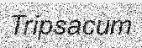
Tripsacum